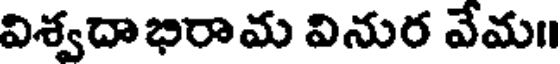
విశ్వదాభిరామ వినుర వేమ॥